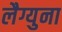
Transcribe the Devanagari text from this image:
लैग्युना